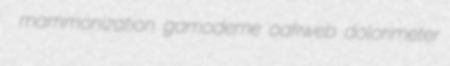
mammonization gamodeme oakweb dolorimeter